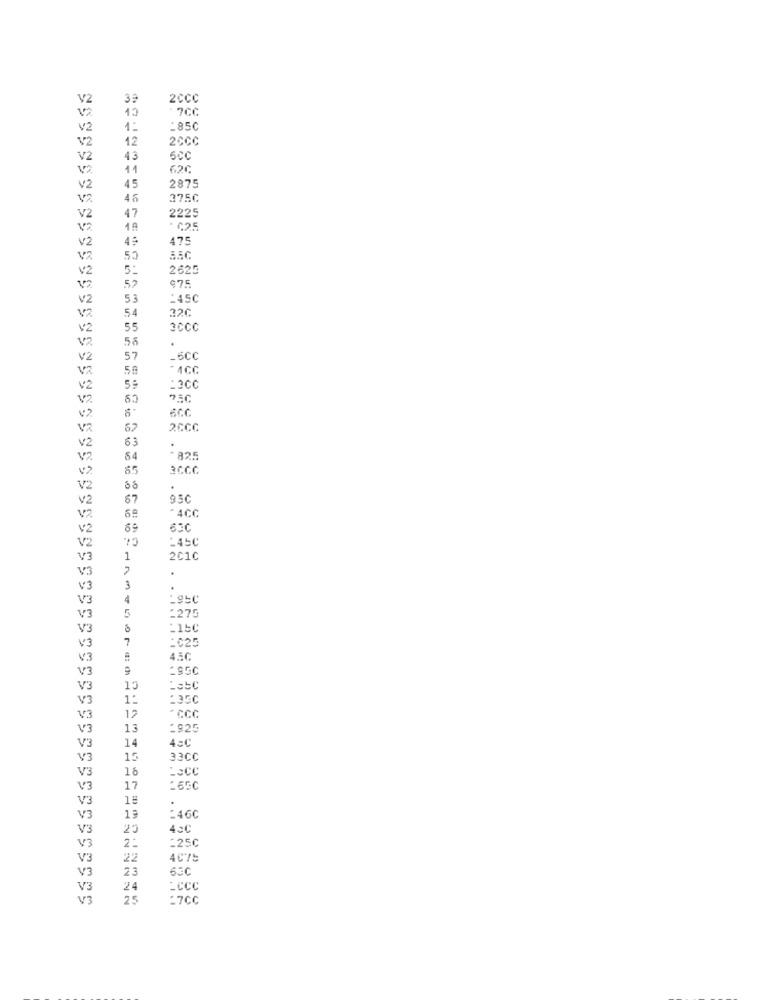
V2
39
2CCC
v2
12
-7CC
V2
1:
185C
12
2CCC
V2
V2
43
V2
11
62C
V2
45
2875
V2
46
375C
2225
V2
47
V2
1ª
- 425
49
475
v2
V2
V2
5:
2625
52
12
97.5
V2
53
:450
54
22C
v2
55
3CCC
V2
56
V2
57
-5CC
V2
50
V2
:2CC
82.
67
2CCC
63
v2
.
V2
64
- 825
65
V2
.
V2
67
95C
- 4CC
V2
v2
69
V2
V3
1
201C
V3
.
V3
3
V3
4
1275
V3
5
V3
7
V3
V3
V3
V3
V3
*CCC
V3
12
V3
13
1925
V3
14
4=C
V3
15
33CC
V3
16
:ECC
V3
17
V3
15
V3
13
: 46C
V3
25
43C
2:
-25C
V3
V3
22
4075
V3
23
630
V3
24
25
:7CC